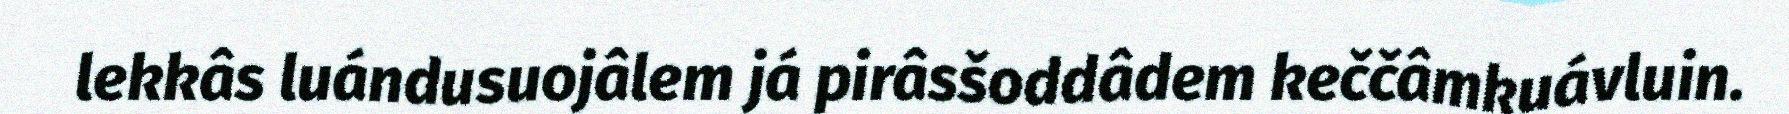
lekkâs luándusuojâlem já pirâsšoddâdem keččâmkuávluin.